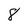
Character: 8